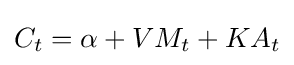
C_{t}=\alpha +VM_{t}+KA_{t}